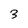
Character: 3